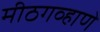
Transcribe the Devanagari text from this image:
मीठगव्हाणे